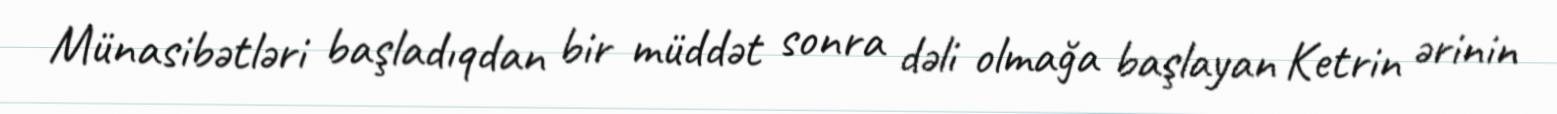
Münasibətləri başladıqdan bir müddət sonra dəli olmağa başlayan Ketrin ərinin